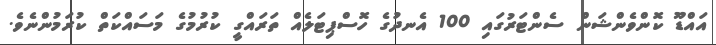
އައްޑޫ ކޮންވެންޝަން ސެންޓަރުގައި 100 އެނދުގެ ހޮސްޕިޓަލެއް ތަރައްގީ ކުރުމުގެ މަސައްކަތް ކުރަމުންނެވެ.